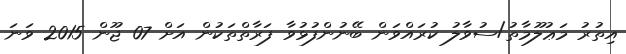
އިތުރު މަޢުލޫމާތު/ސުވާލު ކުރައްވަން ބޭނުންފުޅުވާ ފަރާތްތަކުން އަށް 07 ޖޫން 2015 ވަނަ